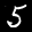
Label: 5